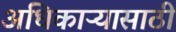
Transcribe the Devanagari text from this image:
अधिकाऱ्यासाठी